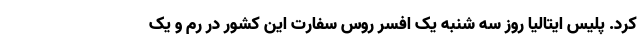
کرد. پلیس ایتالیا روز سه شنبه یک افسر روس سفارت این کشور در رم و یک